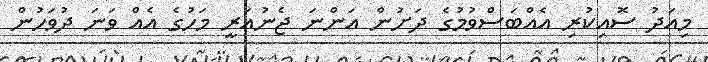
މިއަދު ސޮއިކުރި އެއްބަސްވުމުގެ ދަށުން އަންނަ ޖެނުއަރީ މަހުގެ އެއް ވަނަ ދުވަހުން